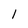
Character: l